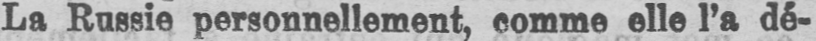
La Russie personnellement, comme elle l’a dé-